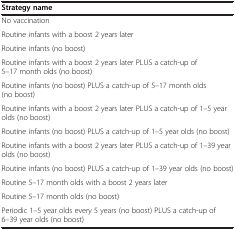
<table><thead><tr><td><b>Strategy name</b></td></tr></thead><tbody><tr><td>No vaccination</td></tr><tr><td>Routine infants with a boost 2 years later</td></tr><tr><td>Routine infants (no boost)</td></tr><tr><td>Routine infants with a boost 2 years later PLUS a catch-up of 5–17 month olds (no boost)</td></tr><tr><td>Routine infants (no boost) PLUS a catch-up of 5–17 month olds (no boost)</td></tr><tr><td>Routine infants with a boost 2 years later PLUS a catch-up of 1–5 year olds (no boost)</td></tr><tr><td>Routine infants (no boost) PLUS a catch-up of 1–5 year olds (no boost)</td></tr><tr><td>Routine infants with a boost 2 years later PLUS a catch-up of 1–39 year olds (no boost)</td></tr><tr><td>Routine infants (no boost) PLUS a catch-up of 1–39 year olds (no boost)</td></tr><tr><td>Routine 5–17 month olds with a boost 2 years later</td></tr><tr><td>Routine 5–17 month olds (no boost)</td></tr><tr><td>Periodic 1–5 year olds every 5 years (no boost) PLUS a catch-up of 6–39 year olds (no boost)</td></tr></tbody></table>